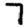
Digit: 7